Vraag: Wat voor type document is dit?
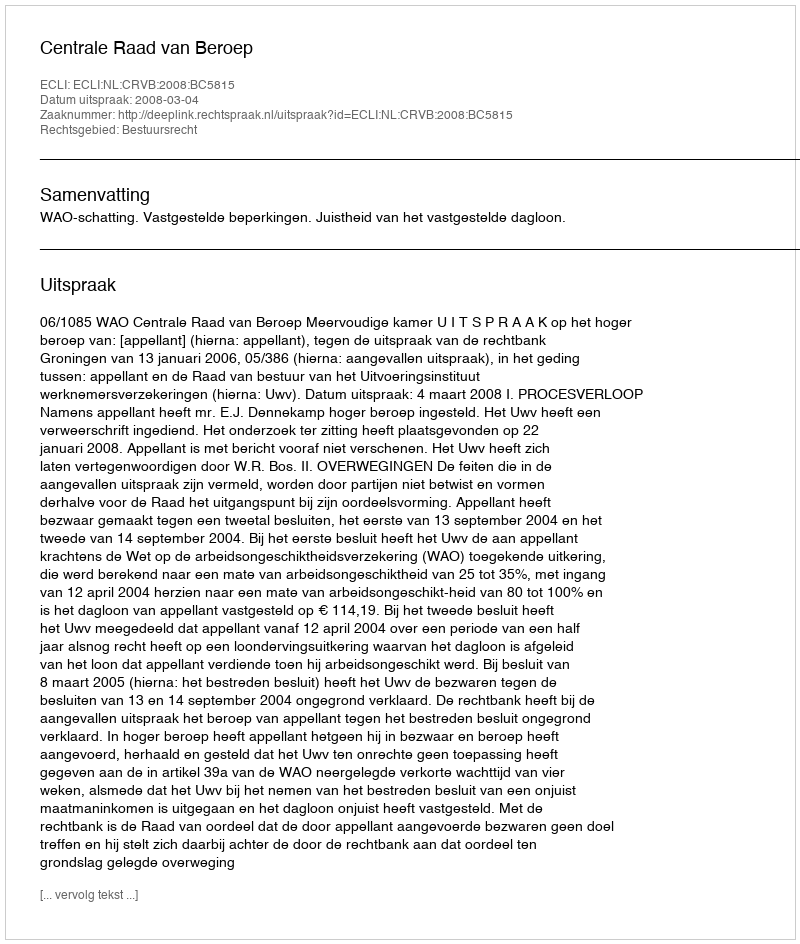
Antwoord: Uitspraak